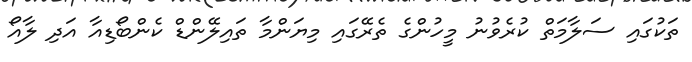
ތަކުގައި ސަލާމަތް ކުރެވުނު މީހުންގެ ތެރޭގައި މިޔަންމާ ތައިލޭންޑް ކެންބޯޑިއާ އަދި ލާއޯ